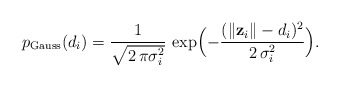
\begin{align*}p_{\mathrm{Gauss}}(d_{i})=\frac{1}{\sqrt{2\,\pi\sigma_{i}^{2}}}\,\exp\Bigl(-\frac{(\Vert\mathbf{z}_{i}\Vert-d_{i})^{2}}{2\,\sigma_{i}^{2}}\Bigr).\end{align*}